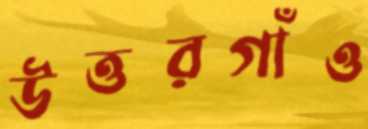
উত্তরগাঁও